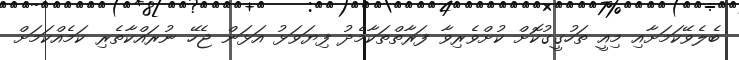
ބެލެވޭކަމަށާއި މިއީ ތަހުގީގުކޮށް ކުށްވެރިވާ ފަރާތްތަކާމެދު ފިޔަވަޅު އަޅަން ޖެހޭ ނުރައްކާތެރި ކަމެއްކަމަށް